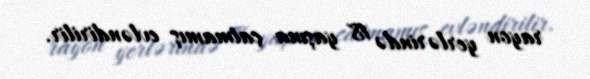
rayon yerlərində 18 yaşına çatmamış evləndirilir.